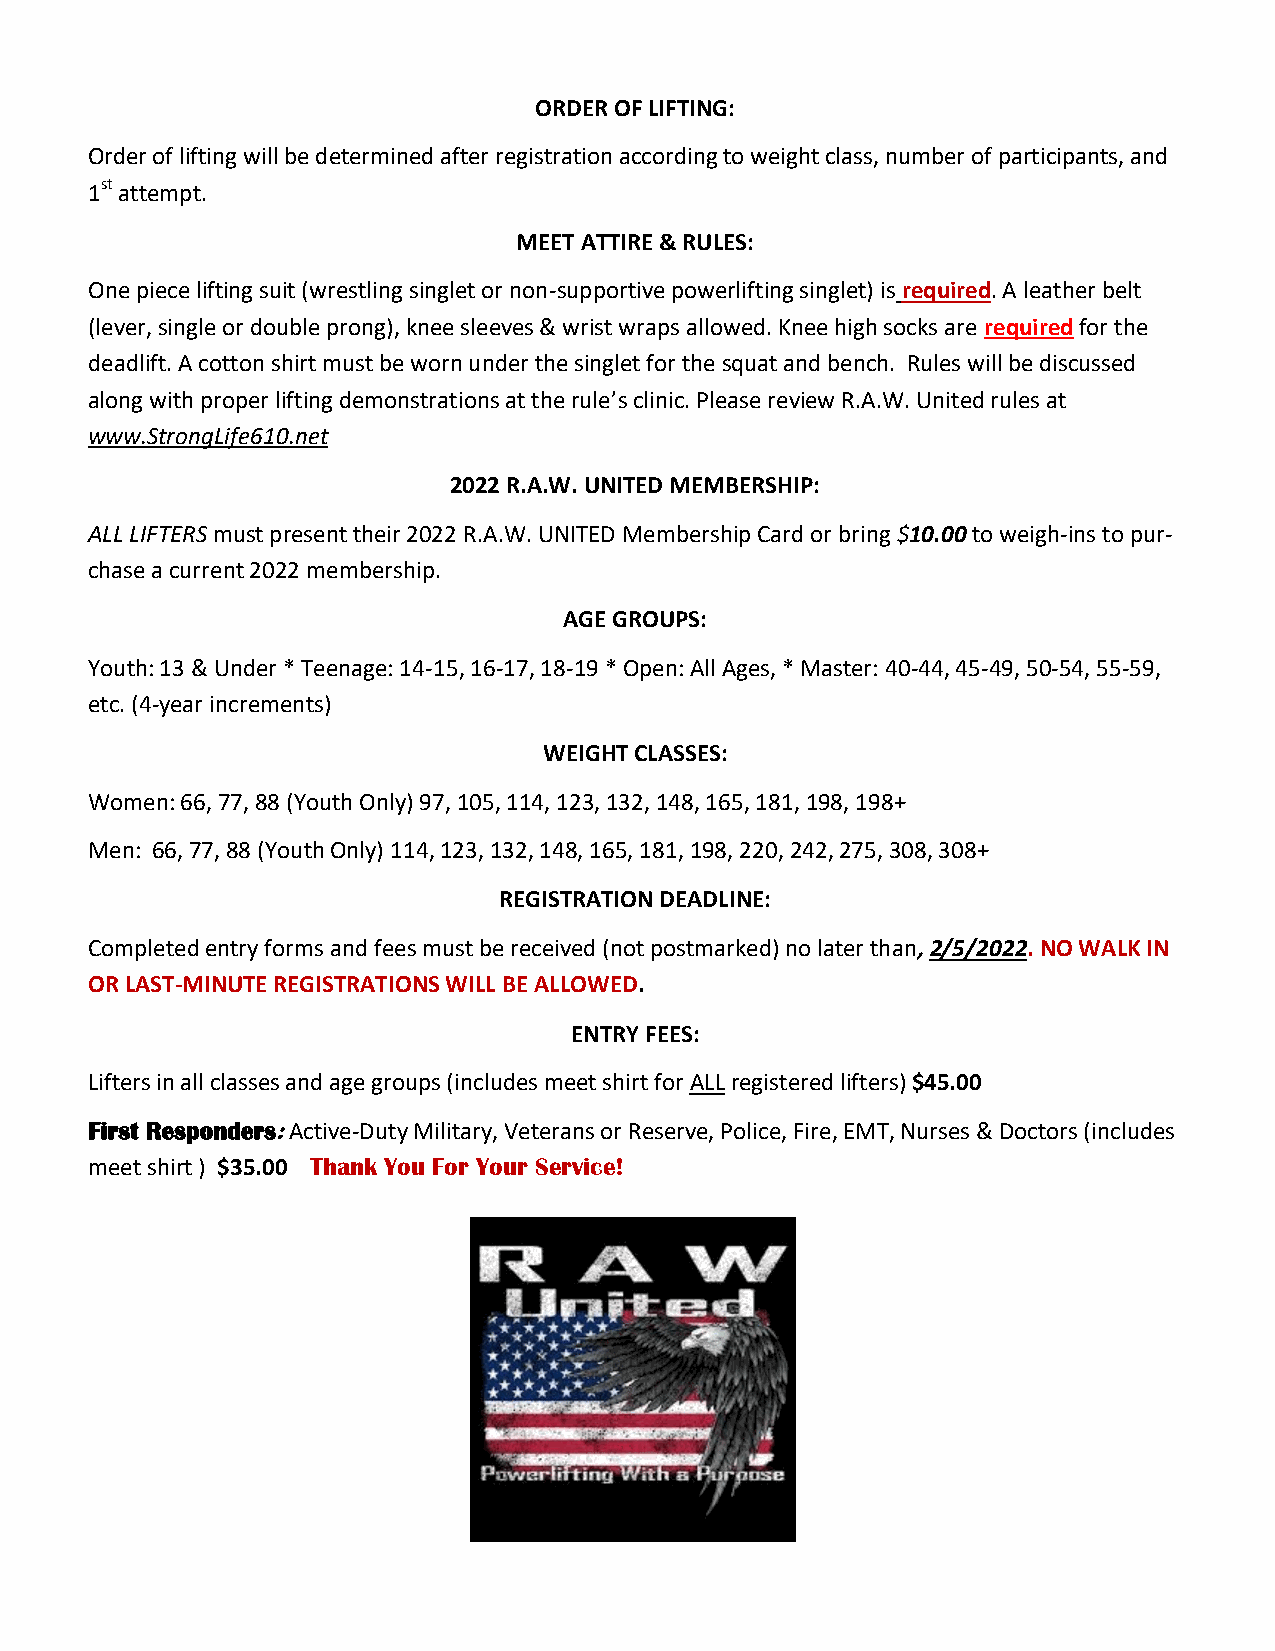
ORDER OF LIFTING:
 Order of lifting will be determined after registration according to weight class, number of participants, and
 1st attempt.
 MEET ATTIRE & RULES:
 One piece lifting suit (wrestling singlet or non-supportive powerlifting singlet) is required. A leather belt
 (lever, single or double prong), knee sleeves & wrist wraps allowed. Knee high socks are required for the
 deadlift. A cotton shirt must be worn under the singlet for the squat and bench. Rules will be discussed
 along with proper lifting demonstrations at the rule’s clinic. Please review R.A.W. United rules at
 www.StrongLife610.net
 2022 R.A.W. UNITED MEMBERSHIP:
 ALL LIFTERS must present their 2022 R.A.W. UNITED Membership Card or bring $10.00 to weigh-ins to pur-
 chase a current 2022 membership.
 AGE GROUPS:
 Youth: 13 & Under * Teenage: 14-15, 16-17, 18-19 * Open: All Ages, * Master: 40-44, 45-49, 50-54, 55-59,
 etc. (4-year increments)
 WEIGHT CLASSES:
 Women: 66, 77, 88 (Youth Only) 97, 105, 114, 123, 132, 148, 165, 181, 198, 198+
 Men: 66, 77, 88 (Youth Only) 114, 123, 132, 148, 165, 181, 198, 220, 242, 275, 308, 308+
 REGISTRATION DEADLINE:
 Completed entry forms and fees must be received (not postmarked) no later than, 2/5/2022. NO WALK IN
 OR LAST-MINUTE REGISTRATIONS WILL BE ALLOWED.
 ENTRY FEES:
 Lifters in all classes and age groups (includes meet shirt for ALL registered lifters) $45.00
 First Responders: Active-Duty Military, Veterans or Reserve, Police, Fire, EMT, Nurses & Doctors (includes
 meet shirt ) $35.00 Thank You For Your Service!